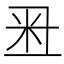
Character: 𥸨